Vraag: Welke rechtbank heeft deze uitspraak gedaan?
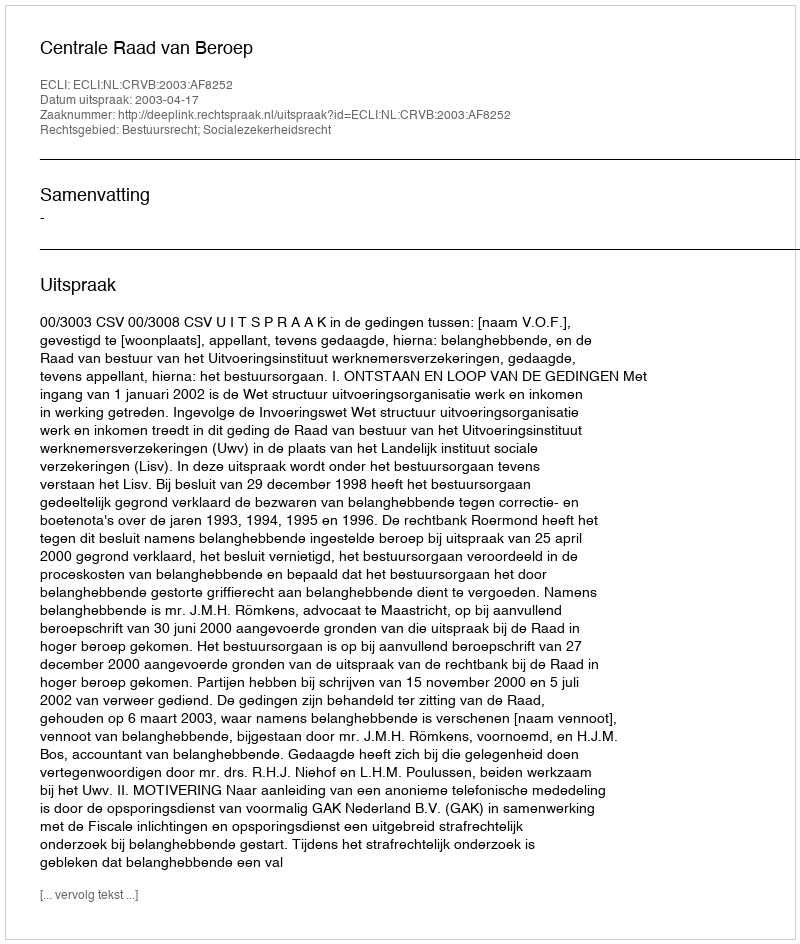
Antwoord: Centrale Raad van Beroep